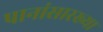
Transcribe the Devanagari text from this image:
पानांसारख्या